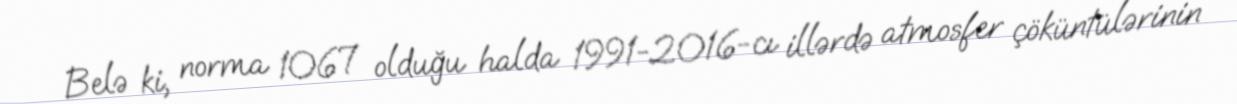
Belə ki, norma 1067 olduğu halda 1991-2016-cı illərdə atmosfer çöküntülərinin